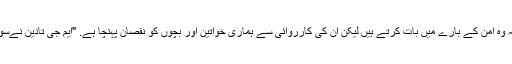
انہوں نے کہا کہ وہ امن کے بارے میں بات کرتے ہیں لیکن ان کی کارروائی سے ہماری خواتین اور بچوں کو نقصان پہنچا ہے. "ایم جی تادین نےسوشل میڈیاپر کہا۔